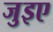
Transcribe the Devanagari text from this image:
जुइए